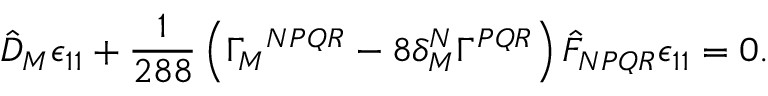
\hat { D } _ { M } \epsilon _ { 1 1 } + \frac 1 { 2 8 8 } \left( \Gamma _ { M } { } ^ { N P Q R } - 8 \delta _ { M } ^ { N } \Gamma ^ { P Q R } \right) \hat { F } _ { N P Q R } \epsilon _ { 1 1 } = 0 .